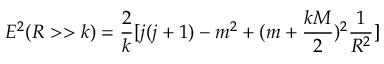
E ^ { 2 } ( R > > k ) = \frac { 2 } { k } [ j ( j + 1 ) - m ^ { 2 } + ( m + \frac { k M } { 2 } ) ^ { 2 } \frac { 1 } { R ^ { 2 } } ]